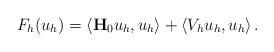
LaTeX: \begin{align*}F_h(u_h)=\langle\mathbf{H}_0u_h,u_h\rangle + \langle V_hu_h,u_h\rangle\,.\end{align*}